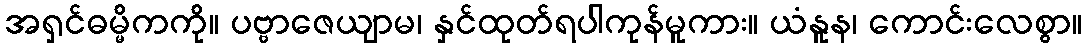
အရှင်ဓမ္မိကကို။ ပဗ္ဗာဇေယျာမ၊ နှင်ထုတ်ရပါကုန်မူကား။ ယံနူန၊ ကောင်းလေစွာ။